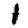
Digit: 1